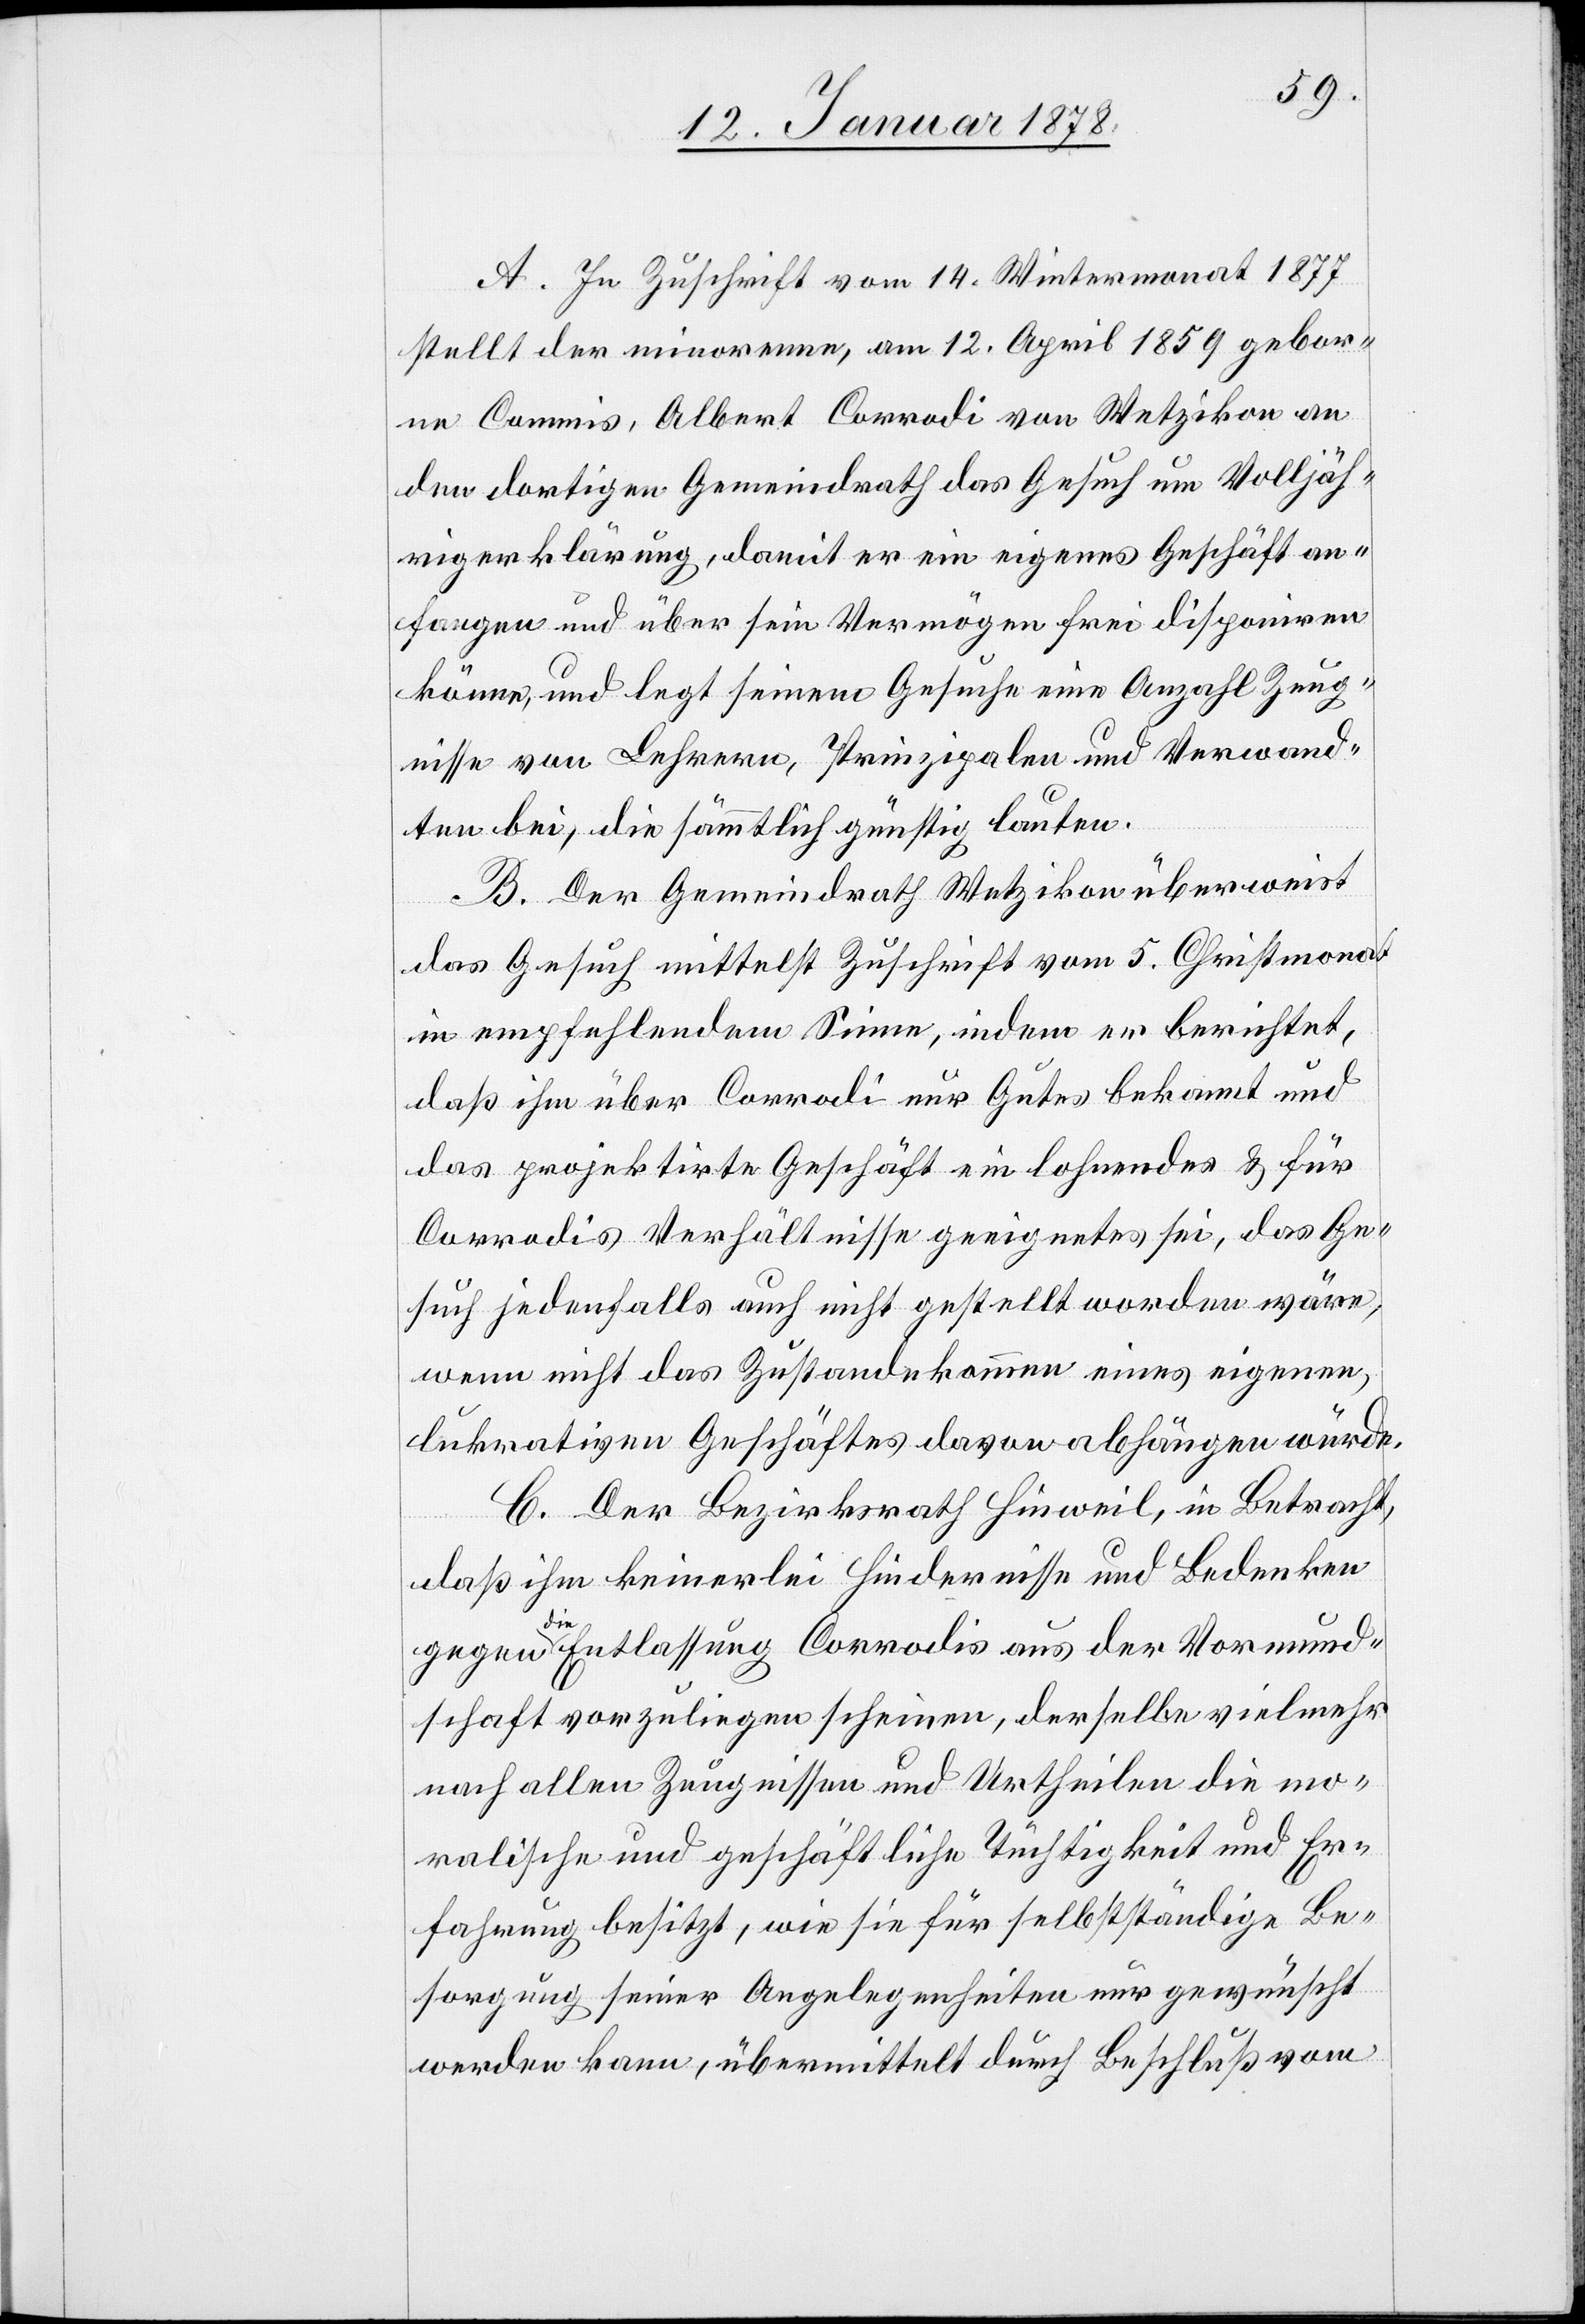
A. In Zuschrift vom 14. Wintermonat 1877
stellt der minorenne, am 12. April 1859 gebor¬
ne Commis, Albert Corradi von Wetzikon an
den dortigen Gemeindrath das Gesuch um Volljäh¬
rigkeitserklärung, damit er ein eigenes Geschäft an¬
fangen und über sein Vermögen frei disponiren
könne, und legt seinem Gesuche eine Anzahl Zeug¬
nisse von Lehrern, Prinzipalen und Verwand¬
ten bei, die sämmtlich günstig lauten.
B. Der Gemeindrath Wetzikon überweist
das Gesuch mittelst Zuschrift vom 5. Christmonat
in empfehlendem Sinne, indem er berichtet,
daß ihm über Corradi nur Gutes bekannt und
das projektirte Geschäft ein lohnendes & für
Corradis Verhältnisse geeignetes sei, das Ge¬
such jedenfalls auch nicht gestellt worden wäre,
wenn nicht das Zustandekommen eines eigenen,
lukrativen Geschäftes davon abhängen würde.
C. Der Bezirksrath Hinweil, in Betracht,
daß ihm keinerlei Hindernisse und Bedenken
gegen die Entlassung Corradis aus der Vormund¬
schaft vorzuliegen scheinen, derselbe vielmehr
nach allen Zeugnissen und Urtheilen die mo¬
natliche und geschäftliche Tüchtigkeit und Er¬
fahrung besitzt, wie sie für selbstständige Be¬
sorgung seiner Angelegenheiten nur gewünscht
werden kann, übermittelt durch Beschluß vom